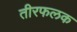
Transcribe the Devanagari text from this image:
तीरफलक